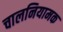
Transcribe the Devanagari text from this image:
चालनियामक